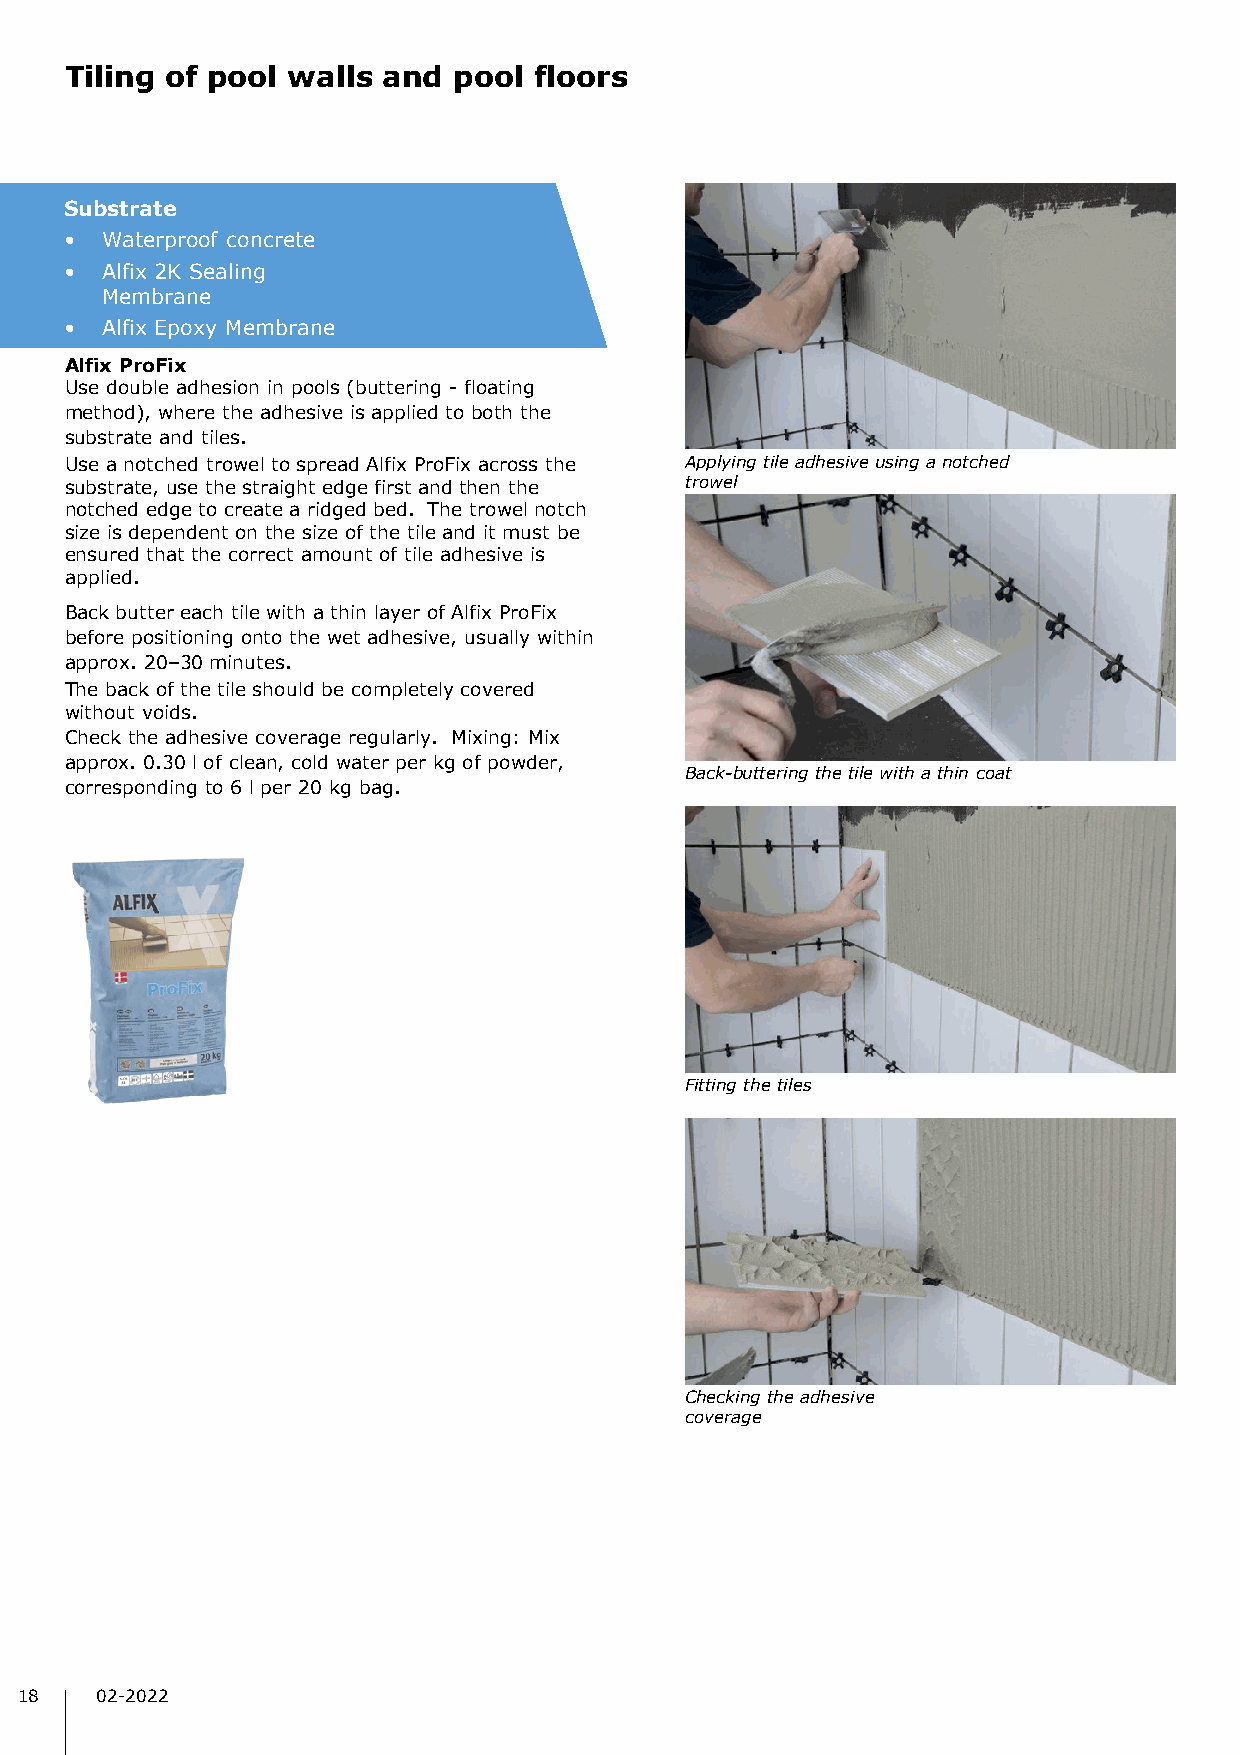
Tiling of pool walls and  pool floors
 Substrate
 •  Waterproof concrete
 •  Alfix 2K Sealing
 Membrane
 •  Alfix Epoxy Membrane
 Alfix ProFix
 Use double adhesion in pools (buttering - floating
 method), where the adhesive is applied to both the
 substrate and tiles.
 Use a notched trowel to spread Alfix ProFix across the Applying tile adhesive using a notched
 substrate, use the straight edge first and then the trowel
 notched edge to create a ridged bed. The trowel notch
 size is dependent on the size of the tile and it must be
 ensured that the correct amount of tile adhesive is
 applied.
 Back butter each tile with a thin layer of Alfix ProFix
 before positioning onto the wet adhesive, usually within
 approx. 20–30 minutes.
 The back of the tile should be completely covered
 without voids.
 Check the adhesive coverage regularly. Mixing: Mix
 approx. 0.30 l of clean, cold water per kg of powder,
 Back-buttering the tile with a thin coat
 corresponding to 6 l per 20 kg bag.
 Fitting the tiles
 Checking the adhesive
 coverage
 18   02-2022